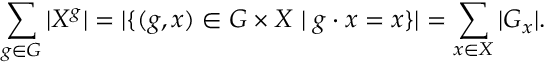
\sum _ { g \in G } | X ^ { g } | = | \{ ( g , x ) \in G \times X \mid g \cdot x = x \} | = \sum _ { x \in X } | G _ { x } | .